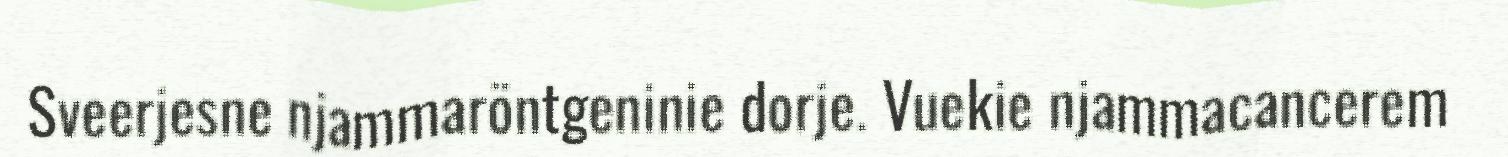
Sveerjesne njammaröntgeninie dorje. Vuekie njammacancerem